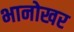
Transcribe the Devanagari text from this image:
भानोखर